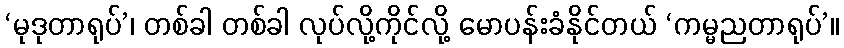
‘မုဒုတာရုပ်’၊ တစ်ခါ တစ်ခါ လုပ်လို့ကိုင်လို့ မောပန်းခံနိုင်တယ် ‘ကမ္မညတာရုပ်’။